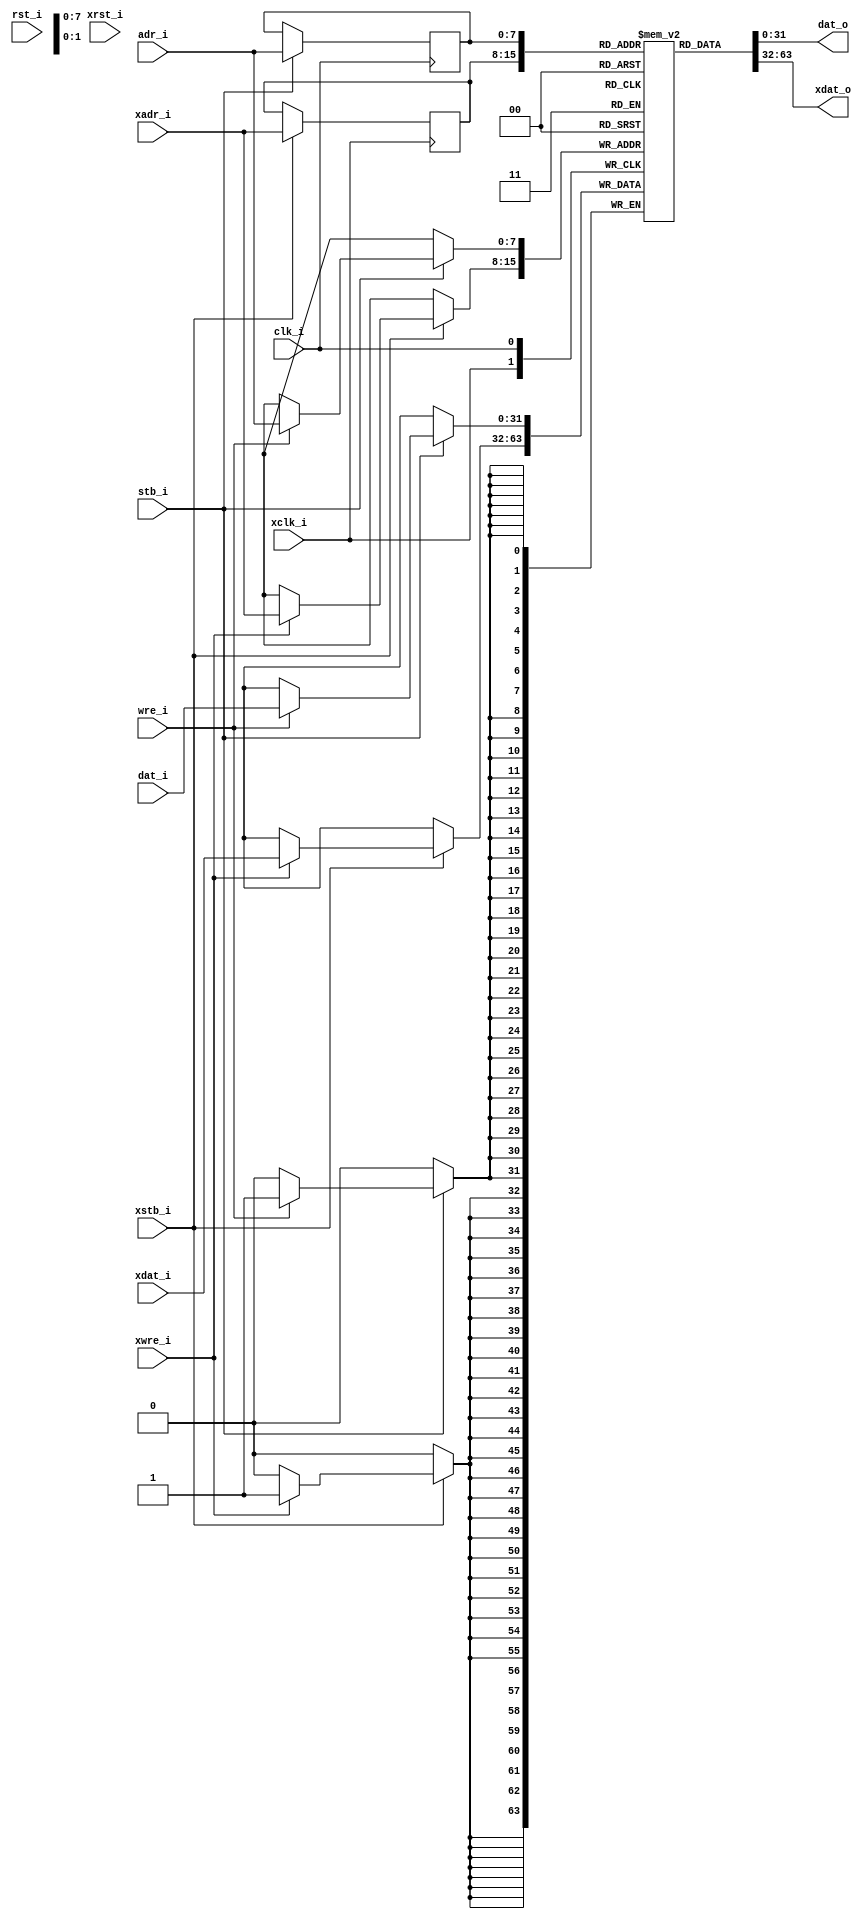
module fasm_dpsram_wbr (/*AUTOARG*/
   // Outputs
   dat_o, xdat_o,
   // Inputs
   dat_i, adr_i, wre_i, stb_i, rst_i, clk_i, xdat_i, xadr_i, xwre_i,
   xstb_i, xrst_i, xclk_i
   );

   parameter AW = 8;  ///< address space (2^AW) words
   parameter DW = 32; ///< data word width bits

   // wishbone port a
   output [DW-1:0] dat_o; // DO
   input [DW-1:0]  dat_i; // DI
   input [AW-1:0]  adr_i; // A
   input 	   wre_i; // WE
   input 	   stb_i; // CS
   
   input 	   rst_i,
		   clk_i;

   // wishbone port x
   output [DW-1:0] xdat_o; // DO
   input [DW-1:0]  xdat_i; // DI
   input [AW-1:0]  xadr_i; // A
   input 	   xwre_i; // WE
   input 	   xstb_i; // CS
   
   input 	   xrst_i,
		   xclk_i;
   
   // address latch
   reg [AW-1:0]    rA, rX;   
   
   // memory block
   reg [DW-1:0]    bram [(1<<AW)-1:0]; 
   
   always @(posedge xclk_i)
     if (xstb_i)
       begin
	  rX <= xadr_i;	  
	  if (xwre_i) // strobe and write-enable
	    bram[xadr_i] <= xdat_i;	  
       end
   always @(posedge clk_i)
     if (stb_i)
       begin
	  rA <= adr_i;	  
	  if (wre_i) // strobe and write-enable
	    bram[adr_i] <= dat_i;	  
       end

   assign 	   xdat_o = bram[rX]; // write-thru
   assign 	   dat_o = bram[rA]; // write-thru
   
   // ### SIMULATION ONLY ###
   // synopsys translate_off
   integer i;
   initial begin
      for (i=0; i<(1<<AW); i=i+1) begin
	 bram[i] <= $random;	 
      end
   end
   // synopsys translate_on
   
endmodule